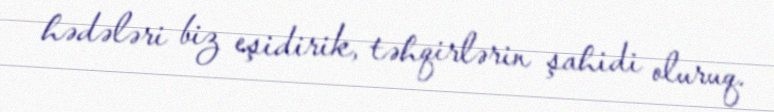
hədələri biz eşidirik, təhqirlərin şahidi oluruq.